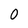
Character: 0